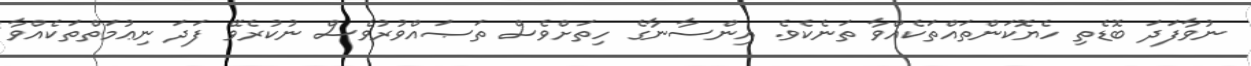
ނުވާފަދަ ބޮޑެތި ހެޔޮކަންތައްތަކެއްވާ ތަނެކެވެ. އިންސާނާގެ ހިތަށްވެސް ތަޞައްވުރުވެސް ނުކުރެވޭ ފަދަ ނިޢުމަތްތަކެއްވާ